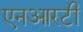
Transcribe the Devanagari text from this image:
एनआरटी